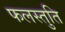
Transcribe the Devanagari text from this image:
फलस्तुति